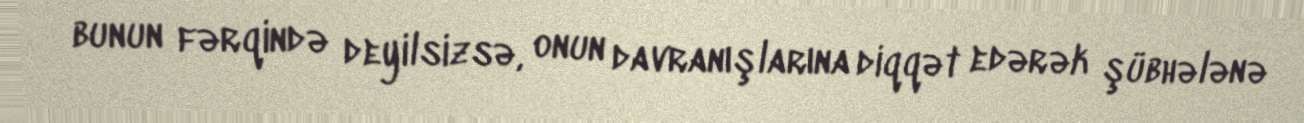
bunun fərqində deyilsizsə, onun davranışlarına diqqət edərək şübhələnə